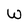
Character: w